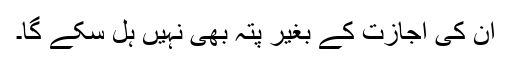
ان کی اجازت کے بغیر پتہ بھی نہیں ہل سکے گا۔